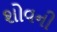
શોવની